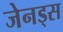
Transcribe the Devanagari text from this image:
जेनड्स